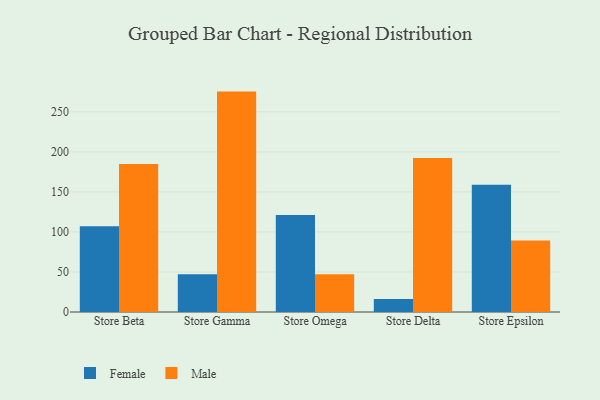
{"axis": {"x": "Store", "y": "Active Users"}, "legend": ["Female", "Male"], "data": [{"x": "Store Beta", "y": 107.0, "type": "Female"}, {"x": "Store Beta", "y": 184.9, "type": "Male"}, {"x": "Store Gamma", "y": 47.1, "type": "Female"}, {"x": "Store Gamma", "y": 275.3, "type": "Male"}, {"x": "Store Omega", "y": 121.2, "type": "Female"}, {"x": "Store Omega", "y": 47.2, "type": "Male"}, {"x": "Store Delta", "y": 16.1, "type": "Female"}, {"x": "Store Delta", "y": 192.4, "type": "Male"}, {"x": "Store Epsilon", "y": 158.9, "type": "Female"}, {"x": "Store Epsilon", "y": 89.3, "type": "Male"}]}